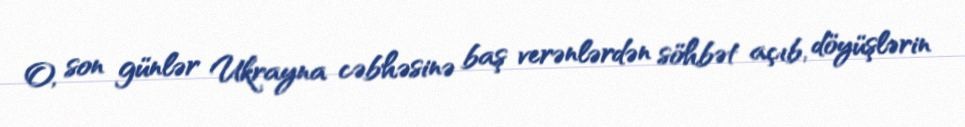
O, son günlər Ukrayna cəbhəsinə baş verənlərdən söhbət açıb, döyüşlərin